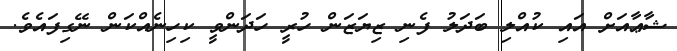
ޝާޢާއަށް އައި ކުއްލި ބަދަލު ފެނި ޒިޔަޒަން ހުރީ ހަދަންވީ ކިހިނެއްކަން ނޭގިފައެވެ.